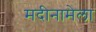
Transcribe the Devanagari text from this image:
मदीनामेला